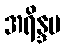
အရိန္ဒမ